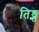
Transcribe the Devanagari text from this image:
तिङ्न्त